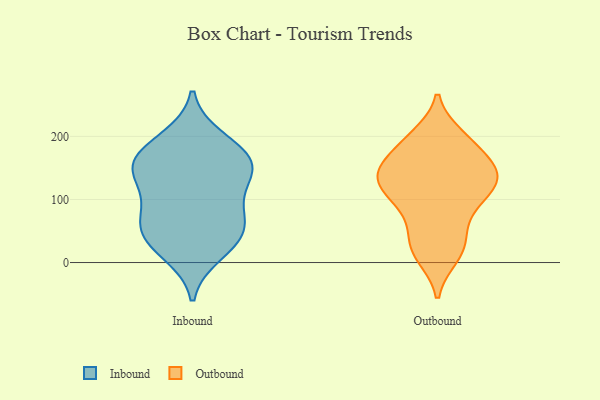
{"axis": {"x": "Satisfaction Score", "y": "Value"}, "legend": ["Inbound", "Outbound"], "data": [{"x": "", "y": 35, "type": "Inbound"}, {"x": "", "y": 148, "type": "Inbound"}, {"x": "", "y": 54, "type": "Inbound"}, {"x": "", "y": 182, "type": "Inbound"}, {"x": "", "y": 71, "type": "Inbound"}, {"x": "", "y": 74, "type": "Inbound"}, {"x": "", "y": 138, "type": "Inbound"}, {"x": "", "y": 37, "type": "Inbound"}, {"x": "", "y": 162, "type": "Inbound"}, {"x": "", "y": 15, "type": "Inbound"}, {"x": "", "y": 196, "type": "Inbound"}, {"x": "", "y": 101, "type": "Inbound"}, {"x": "", "y": 143, "type": "Inbound"}, {"x": "", "y": 158, "type": "Inbound"}, {"x": "", "y": 151, "type": "Outbound"}, {"x": "", "y": 34, "type": "Outbound"}, {"x": "", "y": 10, "type": "Outbound"}, {"x": "", "y": 97, "type": "Outbound"}, {"x": "", "y": 106, "type": "Outbound"}, {"x": "", "y": 189, "type": "Outbound"}, {"x": "", "y": 151, "type": "Outbound"}, {"x": "", "y": 98, "type": "Outbound"}, {"x": "", "y": 140, "type": "Outbound"}, {"x": "", "y": 19, "type": "Outbound"}, {"x": "", "y": 128, "type": "Outbound"}, {"x": "", "y": 190, "type": "Outbound"}, {"x": "", "y": 200, "type": "Outbound"}, {"x": "", "y": 137, "type": "Outbound"}, {"x": "", "y": 139, "type": "Outbound"}, {"x": "", "y": 59, "type": "Outbound"}]}